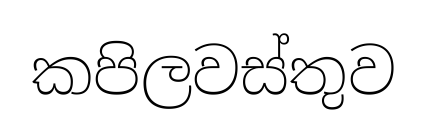
කපිලවස්තුව